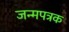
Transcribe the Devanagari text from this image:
जन्मपत्रक